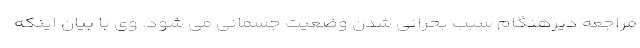
مراجعه دیرهنگام سبب بحرانی شدن وضعیت جسمانی می شود. وی با بیان اینکه